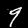
Digit: 9